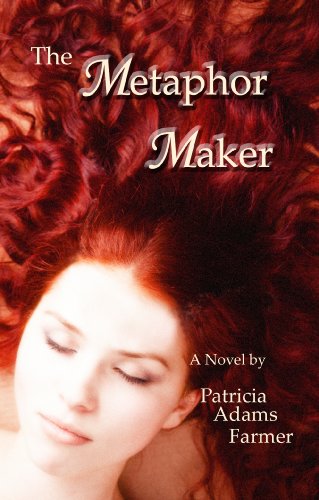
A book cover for The Metaphor Maker; Patricia Adams Farmer; Christian Books & Bibles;